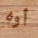
أوه